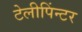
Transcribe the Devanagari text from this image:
टेलीपिंन्टर